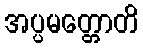
အပ္ပမတ္တောတိ